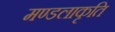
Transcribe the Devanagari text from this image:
मण्डलाकृति